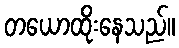
တယောထိုးနေသည်။